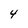
Character: 4